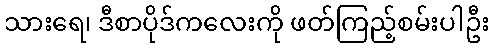
သားရေ၊ ဒီစာပိုဒ်ကလေးကို ဖတ်ကြည့်စမ်းပါဦး